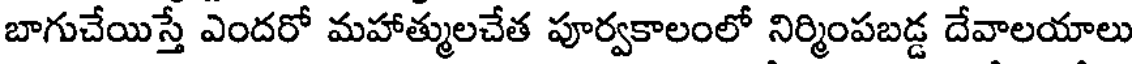
బాగుచేయిస్తే ఎందరో మహాత్ములచేత పూర్వకాలంలో నిర్మింపబడ్డ దేవాలయాలు